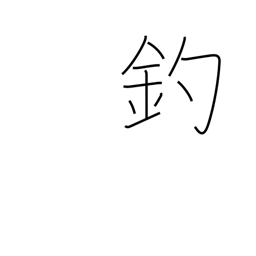
Meaning: ensnare